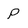
Character: P